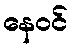
နေဝင်